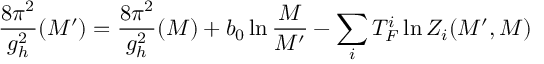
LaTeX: \frac { 8 \pi ^ { 2 } } { g _ { h } ^ { 2 } } ( M ^ { \prime } ) = \frac { 8 \pi ^ { 2 } } { g _ { h } ^ { 2 } } ( M ) + b _ { 0 } \ln \frac { M } { M ^ { \prime } } - \sum _ { i } T _ { F } ^ { i } \ln Z _ { i } ( M ^ { \prime } , M )